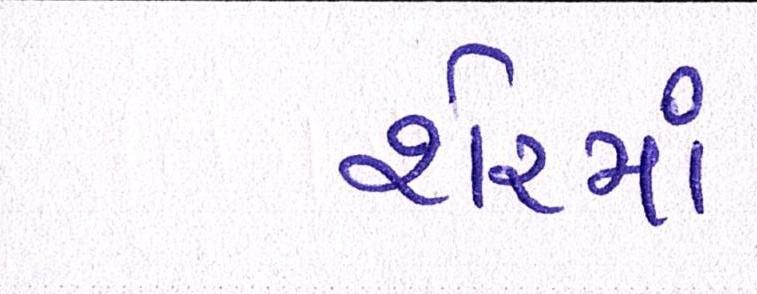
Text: શેરમાં